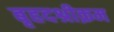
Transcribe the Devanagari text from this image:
बृहदश्रीक्रम